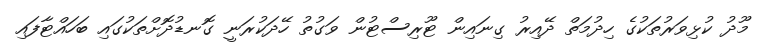
މޫދު ކުޅިވަރުތަކުގެ ހިދުމަތް ދޭއިރު ގިނައިން ޓޫރިސްޓުން ވަގުތު ހޭދަކުރަނީ ގޮނޑުދޮށްތަކުގައި ބަހައްޓާފައި